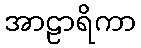
အာဠာရိကာ